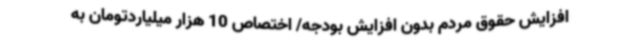
افزایش حقوق مردم بدون افزایش بودجه/ اختصاص 10 هزار میلیاردتومان به